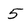
Character: 5